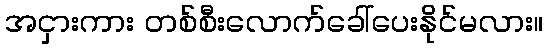
အငှားကား တစ်စီးလောက်ခေါ်ပေးနိုင်မလား။